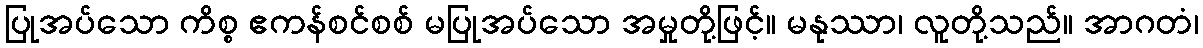
ပြုအပ်သော ကိစ္စ ဧကန်စင်စစ် မပြုအပ်သော အမှုတို့ဖြင့်။ မနုဿာ၊ လူတို့သည်။ အာဂတံ၊